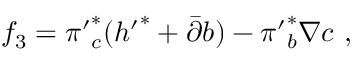
f _ { 3 } = { \pi ^ { \prime } } _ { c } ^ { * } ( { h ^ { \prime } } ^ { * } + { \bar { \partial } } b ) - { \pi ^ { \prime } } _ { b } ^ { * } \nabla c \ ,